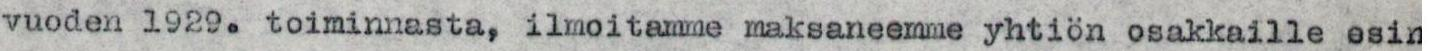
vuoden 1929. toiminnasta, ilmoitamme maksaneemme yhtiön osakkaille osin